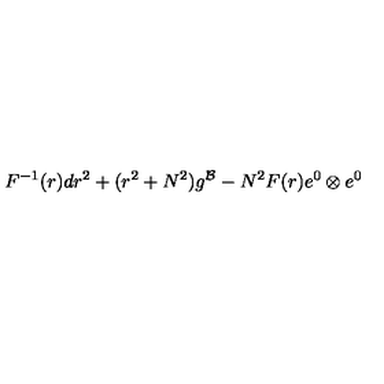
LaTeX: F ^ { - 1 } ( r ) d r ^ { 2 } + ( r ^ { 2 } + N ^ { 2 } ) g ^ { \cal B } - N ^ { 2 } F ( r ) e ^ { 0 } \otimes e ^ { 0 }